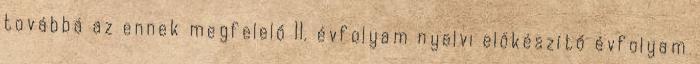
továbbá az ennek megfelelő 11. évfolyam nyelvi előkészítő évfolyam